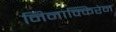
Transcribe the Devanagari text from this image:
निनाक्किरेन